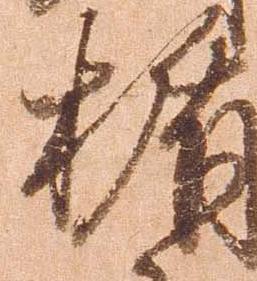
楯